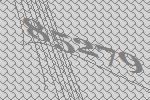
85279